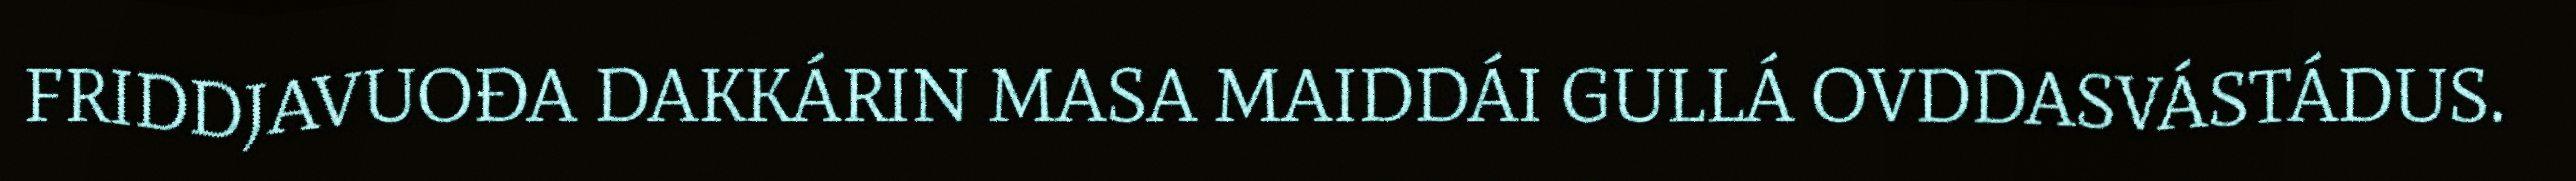
FRIDDJAVUOĐA DAKKÁRIN MASA MAIDDÁI GULLÁ OVDDASVÁSTÁDUS.